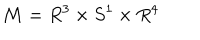
LaTeX: { \cal M } = R ^ { 3 } \times S ^ { 1 } \times R ^ { 4 }